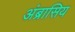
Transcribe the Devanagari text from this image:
अंब्रासिय